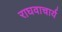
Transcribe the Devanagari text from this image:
राघवाचार्य